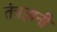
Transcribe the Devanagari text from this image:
तंत्रज्ञानी